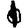
Digit: 1